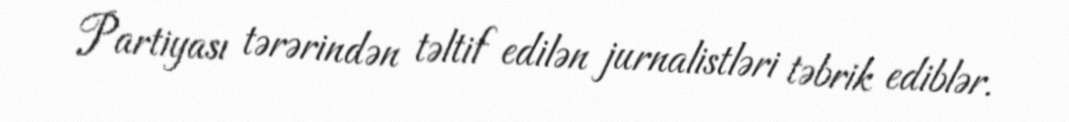
Partiyası tərərindən təltif edilən jurnalistləri təbrik ediblər.